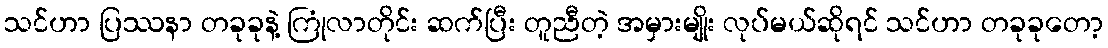
သင်ဟာ ပြဿနာ တခုခုနဲ့ ကြုံလာတိုင်း ဆက်ပြီး တူညီတဲ့ အမှားမျိုး လုပ်မယ်ဆိုရင် သင်ဟာ တခုခုတော့